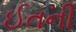
ઈતની